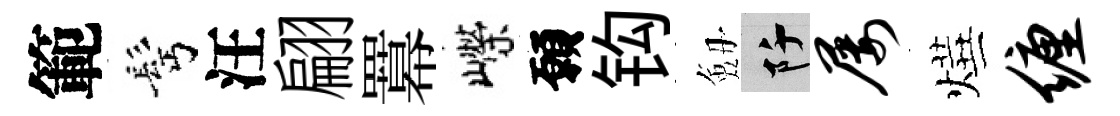
範髩汪翩羃嶸願钩劔阡屡燁缠